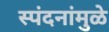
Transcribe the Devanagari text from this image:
स्पंदनांमुळे